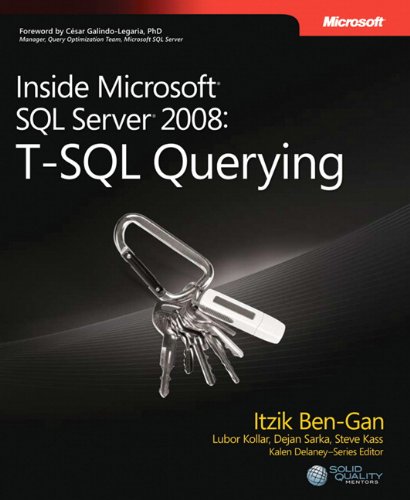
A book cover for Inside Microsoft SQL Server 2008 T-SQL Querying (Developer Reference); Itzik Ben-Gan; Computers & Technology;